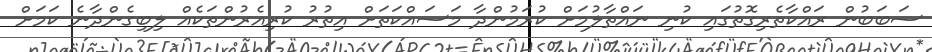
ސަބަބުން ރައްކާތެރިގޮތުގައި ކުނި ނައްތާލުމަށް ކުރަމުންދާ މަސައްކަތަށް އިތުރު ކުރިއެރުންތަކެއް ލިބިގެންދާނެ ކަމަށް